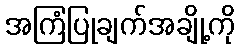
အကြံပြုချက်အချို့ကို